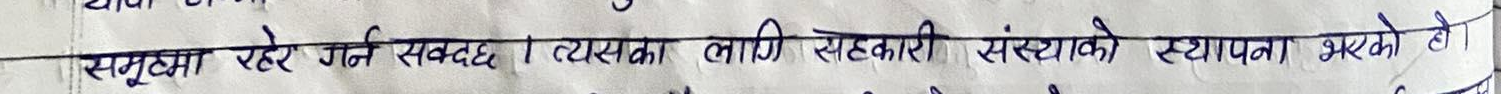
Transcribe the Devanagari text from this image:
समूहमा रहेर गर्न सक्दछ। त्यसका लागि सहकारी संस्थाको स्थापना भएको हो ।